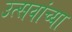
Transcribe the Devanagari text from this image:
उत्सवांच्या